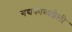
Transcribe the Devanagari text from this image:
गद्यकाव्यशैली